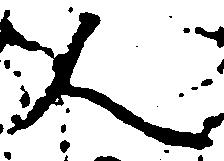
人